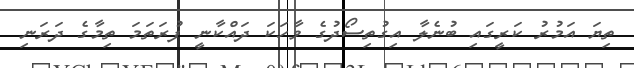
ތިޔަ އަމުރު ކަރީގައި ބުނެލާ އިގުތިސޯދުގެ ވާހަކަ ދައްކާނީ ފުރަތަމަ ތިމާގެ ދަރަނި